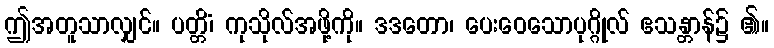
ဤအတူသာလျှင်။ ပတ္တိံ၊ ကုသိုလ်အဖို့ကို။ ဒဒတော၊ ပေးဝေသောပုဂ္ဂိုလ် ဧသန္တာန်၌ ၏။